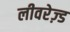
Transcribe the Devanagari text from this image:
लीवरेज़्ड